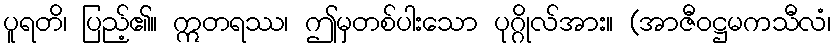
ပူရတိ၊ ပြည့်၏။ ဣတရဿ၊ ဤမှတစ်ပါးသော ပုဂ္ဂိုလ်အား။ (အာဇီဝဋ္ဌမကသီလံ၊